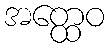
အတ္ထေဝ